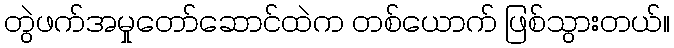
တွဲဖက်အမှုတော်ဆောင်ထဲက တစ်ယောက် ဖြစ်သွားတယ်။